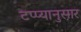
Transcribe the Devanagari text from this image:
टप्प्यानुसार